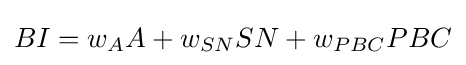
BI=w_{A}A+w_{SN}SN+w_{PBC}PBC